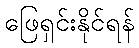
ဖြေရှင်းနိုင်ရန်